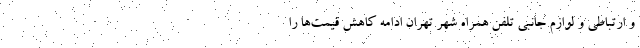
و ارتباطی و لوازم جانبی تلفن همراه شهر تهران ادامه کاهش قیمت‌ها را